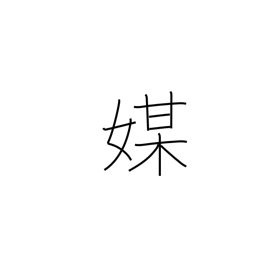
Meaning: mediator